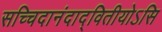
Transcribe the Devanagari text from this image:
सच्चिदानंदाद्वितीयोऽसि